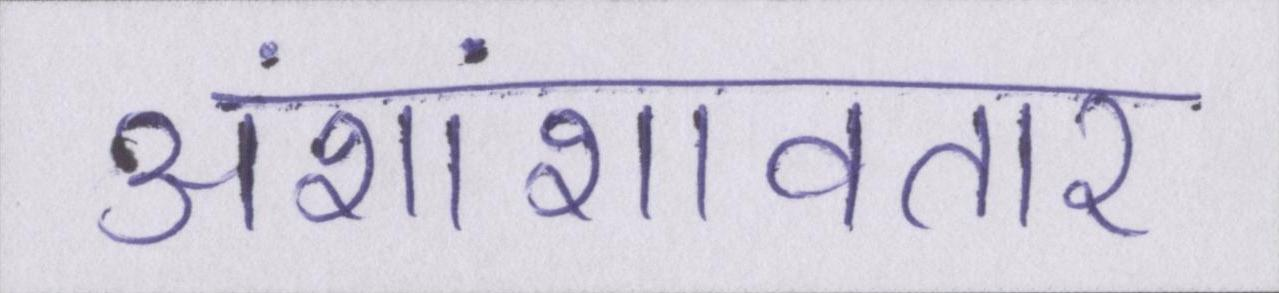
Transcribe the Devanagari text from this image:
अंशांशावतार